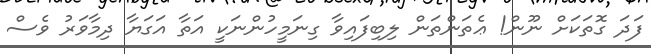
ފަދަ ގޮތަކަށް ނޫން! ޢެތަންތަން ލިބިފައިވާ ގިނަމީހުންނަކީ އަތާ އަގަޔާ ދިމާވަރު ވެސް